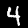
Label: 4